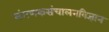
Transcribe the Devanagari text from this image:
संगणकसंचालनविज्ञान